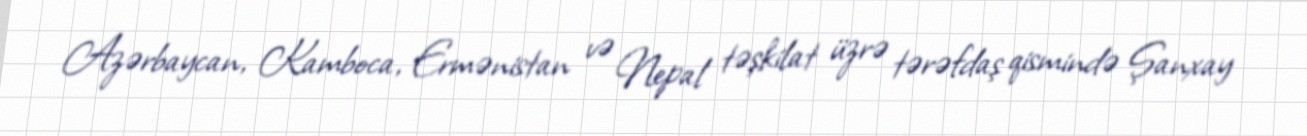
Azərbaycan, Kamboca, Ermənistan və Nepal təşkilat üzrə tərəfdaş qismində Şanxay